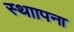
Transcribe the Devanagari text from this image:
स्थाापना